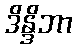
ဒိန္ဒိဘာ